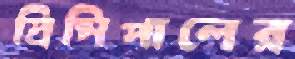
প্রিন্সিপালের